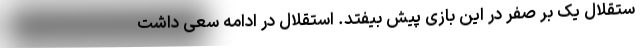
ستقلال یک بر صفر در این بازی پیش بیفتد. استقلال در ادامه سعی داشت